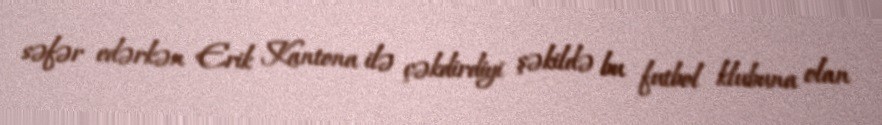
səfər edərkən Erik Kantona ilə çəkdirdiyi şəkildə bu futbol klubuna olan